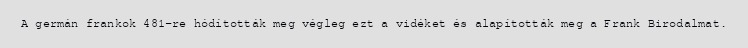
A germán frankok 481-re hódították meg végleg ezt a vidéket és alapították meg a Frank Birodalmat.